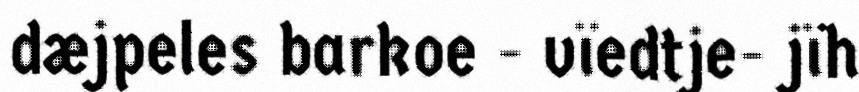
dæjpeles barkoe - vïedtje- jïh